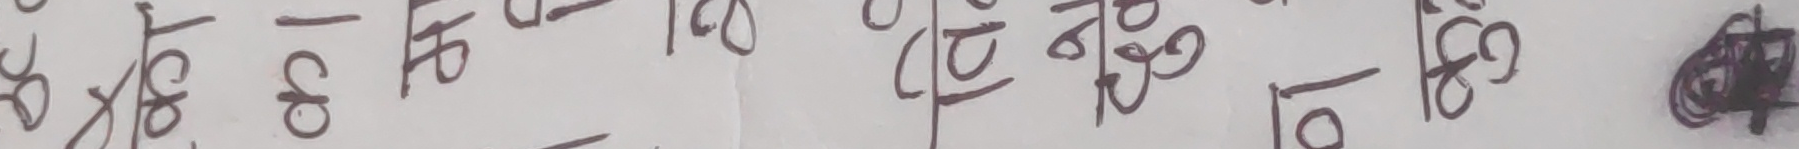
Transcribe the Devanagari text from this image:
-४० -१८० -१०२ -७२ -४१ -३१